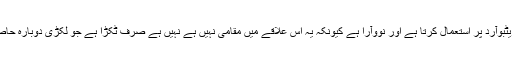
جوڑی بھارتی روسیوود فریٹبوآرد پر استعمال کرتا ہے اور نووآرا ہے کیونکہ یہ اس علاقے میں مقامی نہیں ہے نہیں ہے صرف ٹکڑا ہے جو لکڑی دوبارہ حاصل کر لیا میں نے کہا ہے ۔